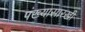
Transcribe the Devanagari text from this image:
पंख्यासारखी